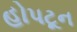
હોપટૂન